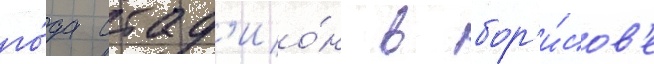
го́да стад'ио́н в бор'и́сов'е